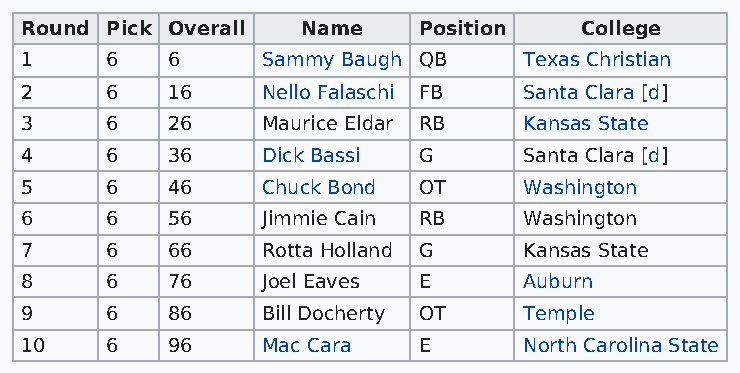
Round Pick Overall Name    Position  College
 1     6   6     Sammy Baugh QB    Texas Christian
 2     6   16    Nello Falaschi FB Santa Clara [d]
 3     6   26    Maurice Eldar RB  Kansas State
 4     6   36    Dick Bassi G      Santa Clara [d]
 5     6   46    Chuck Bond OT     Washington
 6     6   56    Jimmie Cain RB    Washington
 7     6   66    Rotta Holland G   Kansas State
 8     6   76    Joel Eaves E      Auburn
 9     6   86    Bill Docherty OT  Temple
 10    6   96    Mac Cara   E      North Carolina State